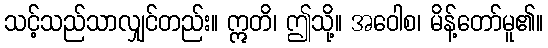
သင့်သည်သာလျှင်တည်း။ ဣတိ၊ ဤသို့။ အဝေါစ၊ မိန့်တော်မူ၏။